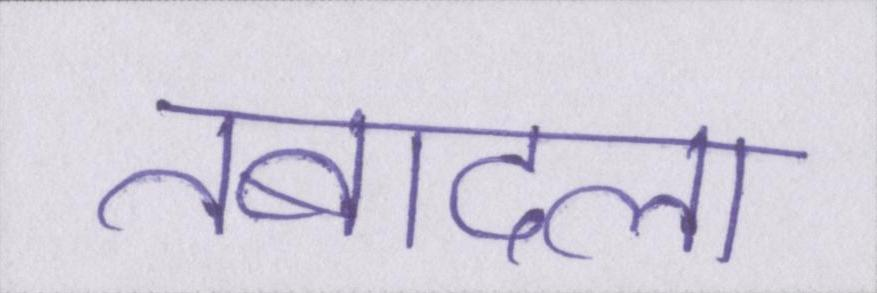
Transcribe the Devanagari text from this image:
तबादला